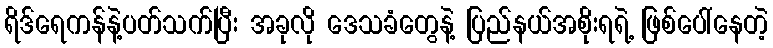
ရိဒ်ရေကန်နဲ့ပတ်သက်ပြီး အခုလို ဒေသခံတွေနဲ့ ပြည်နယ်အစိုးရရဲ့ ဖြစ်ပေါ်နေတဲ့